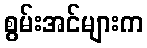
စွမ်းအင်များက